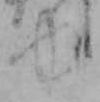
ゆ